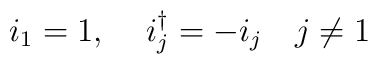
i_{1} = 1,\,\quad i_{j}^{\dagger} = - i_{j}\quad j\neq 1